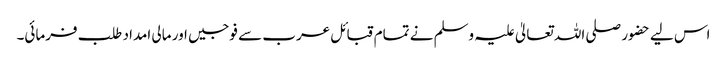
اس لیے حضور صلی اللہ تعالیٰ علیہ وسلم نے تمام قبائل عرب سے فوجیں اور مالی امداد طلب فرمائی۔